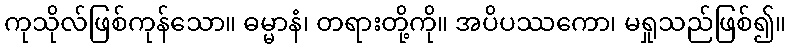
ကုသိုလ်ဖြစ်ကုန်သော။ ဓမ္မာနံ၊ တရားတို့ကို။ အပိပဿကော၊ မရှုသည်ဖြစ်၍။